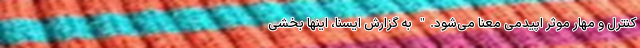
کنترل و مهار موثر اپیدمی معنا می‌شود." به گزارش ایسنا، اینها بخشی